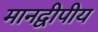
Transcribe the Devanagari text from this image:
मानद्वीपीय